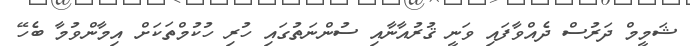
ޝަމީމް ދަރުސް ދެއްވާފައި ވަނީ ޤުރުއާނާއި ސުންނަތުގައި ހުރި ހުކުމްތަކަށް އިމާންވުމާ ބެހޭ